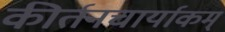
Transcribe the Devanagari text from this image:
कीर्तनचार्याकम्‌